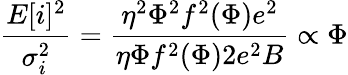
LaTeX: \frac{E[i]^{2}}{\sigma_{i}^{2}}=\frac{\eta^{2}\Phi^{2}f^{2}(\Phi)e^{2}}{\eta\Phi f^{2}(\Phi)2e^{2}B}\propto\Phi